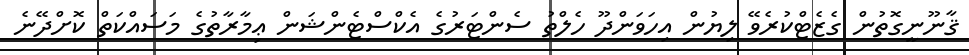
ޤާނޫނީގޮތުން ގެޒެޓްކުރެވޭ ލިޔުން އިހަވަންދޫ ހެލްތު ސެންޓަރުގެ އެކްސްޓެންޝަން ޢިމާރާތުގެ މަސައްކަތް ކޮށްދޭނެ